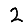
Digit: 2